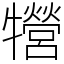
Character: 㹚